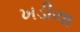
ખડીયા